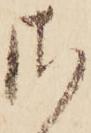
さ